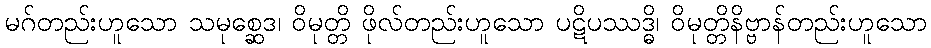
မဂ်တည်းဟူသော သမုစ္ဆေဒ၊ ဝိမုတ္တိ ဖိုလ်တည်းဟူသော ပဋိပဿဒ္ဓိ၊ ဝိမုတ္တိနိဗ္ဗာန်တည်းဟူသော